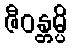
ဇီဝန္တမ္ပိ